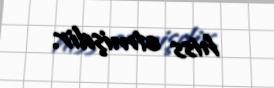
hiss etmişdir.